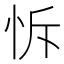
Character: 𢘛